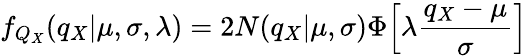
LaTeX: f_{Q_{X}}(q_{X}|\mu,\sigma,\lambda)=2N(q_{X}|\mu,\sigma)\Phi\Bigl[\lambda\frac{q_{X}-\mu}{\sigma}\Bigr]